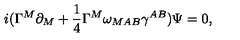
i ( \Gamma ^ { M } \partial _ { M } + { \frac { 1 } { 4 } } \Gamma ^ { M } \omega _ { M A B } \gamma ^ { A B } ) \Psi = 0 ,